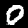
Label: 0